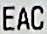
EAC